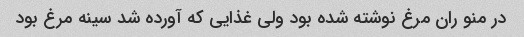
در منو ران مرغ نوشته شده بود ولی غذایی که آورده شد سینه مرغ بود